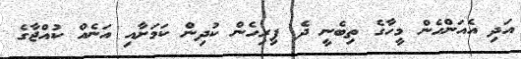
އަދި އެއަންހެން މީހާގެ ތިބެނީ ދެ ފިރިހެން ކުދިން ކަމަށާއި އަނެއް ކުއްޖާގެ